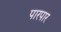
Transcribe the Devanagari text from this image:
पारपार